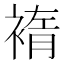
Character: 䙃